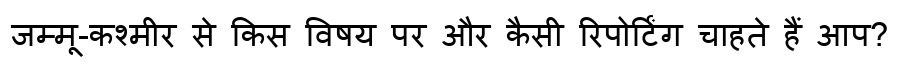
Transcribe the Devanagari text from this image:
जम्मू-कश्मीर से किस विषय पर और कैसी रिपोर्टिंग चाहते हैं आप?